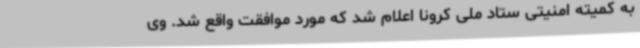
به کمیته امنیتی ستاد ملی کرونا اعلام شد که مورد موافقت واقع شد. وی